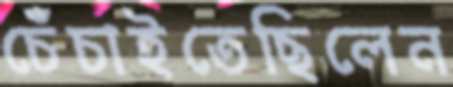
চেঁচাইতেছিলেন